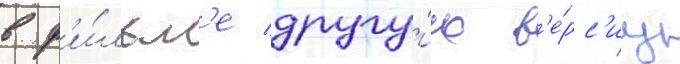
в ф'и́льм'е другу́ю в'е́рс'иу